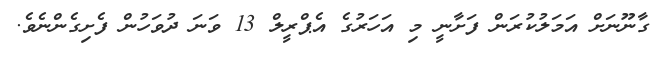
ގާނޫނަށް އަމަލުކުރަން ފަށާނީ މި އަހަރުގެ އެޕްރީލް 13 ވަނަ ދުވަހުން ފެށިގެންނެވެ.